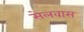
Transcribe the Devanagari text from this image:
सेलवास